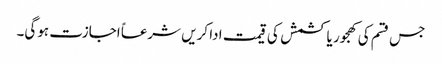
جس قسم کی کھجور یا کشمش کی قیمت ادا کریں شرعاً اجازت ہوگی۔